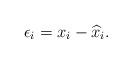
LaTeX: \begin{align*} \epsilon_i=x_i-\widehat{x}_i.\end{align*}